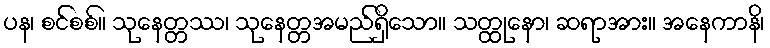
ပန၊ စင်စစ်။ သုနေတ္တဿ၊ သုနေတ္တအမည်ရှိသော။ သတ္ထုနော၊ ဆရာအား။ အနေကာနိ၊